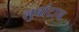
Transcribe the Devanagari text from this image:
लुबांटान